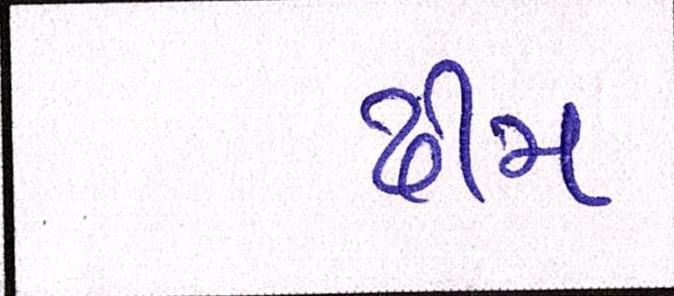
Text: ઢીમ